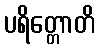
ပရိတ္တောတိ